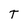
Character: T